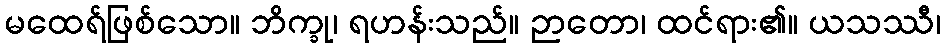
မထေရ်ဖြစ်သော။ ဘိက္ခု၊ ရဟန်းသည်။ ဉာတော၊ ထင်ရား၏။ ယသဿီ၊